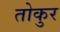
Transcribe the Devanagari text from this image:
तोकुर